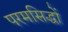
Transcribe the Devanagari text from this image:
परमसिद्धों